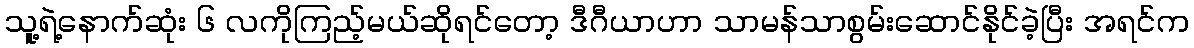
သူ့ရဲ့နောက်ဆုံး ၆ လကိုကြည့်မယ်ဆိုရင်တော့ ဒီဂီယာဟာ သာမန်သာစွမ်းဆောင်နိုင်ခဲ့ပြီး အရင်က